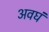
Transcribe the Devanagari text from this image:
अवघं